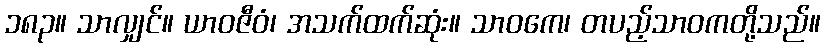
၁၈၃။ သာလျှင်။ ယာဝဇီဝံ၊ အသက်ထက်ဆုံး။ သာဝကေ၊ တပည့်သာဝကတို့သည်။